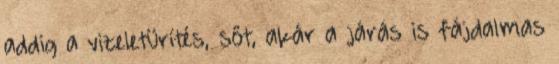
addig a vizeletürítés, sőt, akár a járás is fájdalmas